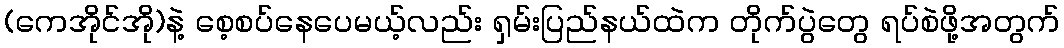
(ကေအိုင်အို)နဲ့ စေ့စပ်နေပေမယ့်လည်း ရှမ်းပြည်နယ်ထဲက တိုက်ပွဲတွေ ရပ်စဲဖို့အတွက်